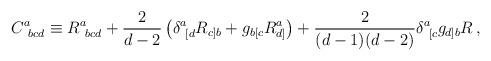
LaTeX: \begin{align*}C^a_{\ bcd} \equiv R^a_{\ bcd} + {2\over d-2}\left( \delta^a_{\ [d}R_{c]b} +g_{b[c}R_{d]}^a\right) + {2\over (d-1)(d-2)} \delta^a_{\ [c}g_{d]b}R\,,\end{align*}